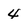
Character: 4